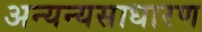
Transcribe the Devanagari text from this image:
अन्यन्यसाधारण